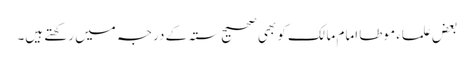
بعض علماء موطا امام مالک کو بھی صحیح ستہ کے درجہ میں رکھتے ہیں۔